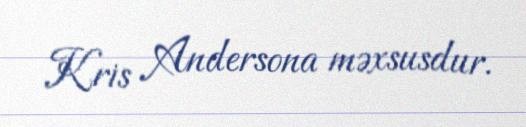
Kris Andersona məxsusdur.